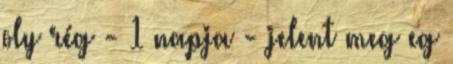
oly rég - 1 napja - jelent meg eg